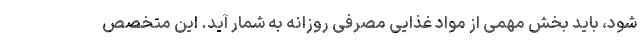
شود، باید بخش مهمی از مواد غذایی مصرفی روزانه به شمار آید. این متخصص